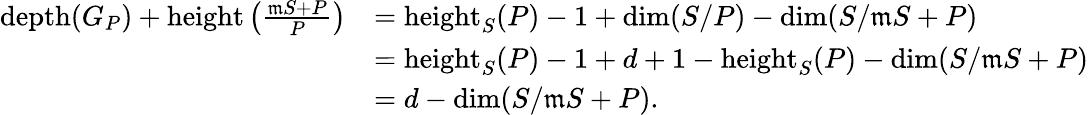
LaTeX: \begin{array}{rl}{\operatorname{depth}(G_{P})+\operatorname{height}\left(\frac{\mathfrak{m}S+P}{P}\right)}&{=\operatorname{height}_{S}(P)-1+\dim(S/P)-\dim(S/\mathfrak{m}S+P)}\\ &{=\operatorname{height}_{S}(P)-1+d+1-\operatorname{height}_{S}(P)-\dim(S/\mathfrak{m}S+P)}\\ &{=d-\dim(S/\mathfrak{m}S+P).}\end{array}